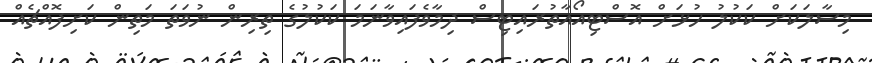
މިސާލަކަށް ކަކުލު ހުޅަށް އޮސްޓިއޯއާތުރައިޓިސް ދިމާވެފައިވާނަމަ ކަކުލުގެ ތިރިން ނުވަތަ މަތިން ކަށިފޮއްޗެއް